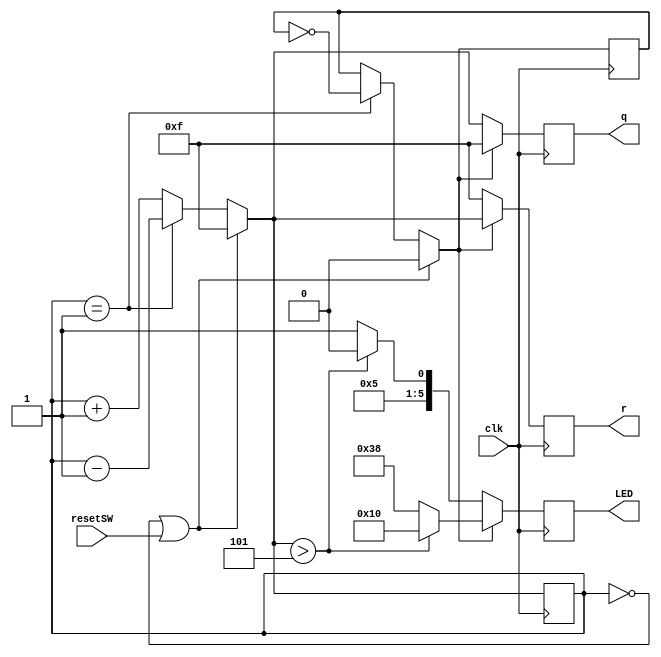
`timescale 1ns / 1ps

module counter (input clk, resetSW, output reg [3:0] q, output reg [3:0] r, output reg [5:0] LED);
    
    reg [3:0] counter;
    reg second_light;

    always@(posedge clk)
    begin
        q=4'b1111;
        r=4'b1111;
        if(counter == 4'b0000||resetSW)
        begin
            counter=4'b1111;
            second_light=0;
        end
        else if (counter == 4'b0001)
            begin
                counter=counter-1;
                second_light=~second_light;
            end
        else
            counter = counter+1;
            
        if (second_light)
        begin
            r = counter;
            if (counter>4'b0101)
                LED = 010000;
            else
                LED = 011000;
        end
        else
        begin
            q = counter;
            if (counter>4'b0101)
                LED = 000010;
            else
                LED = 000011;
        end
    end
        
endmodule